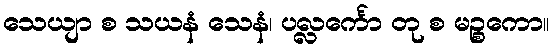
သေယျာ စ သယနံ သေနံ၊ ပလ္လင်္ကော တု စ မဉ္စကော။